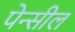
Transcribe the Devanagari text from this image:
पेन्सील